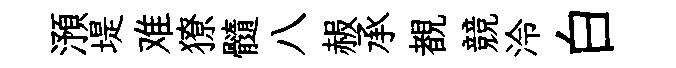
澦堤难獠髓八赧承覩競泠白